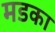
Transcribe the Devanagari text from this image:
मडका